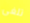
تلغى